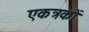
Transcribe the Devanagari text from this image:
एकत्रकों